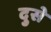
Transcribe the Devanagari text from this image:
दुसे